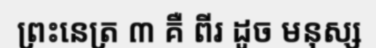
ព្រះនេត្រ ៣ គឺ ពីរ ដូច មនុស្ស